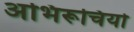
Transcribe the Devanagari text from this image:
अभिरूचियो